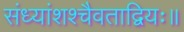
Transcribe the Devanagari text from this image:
संध्यांशश्चैवताद्वियः॥